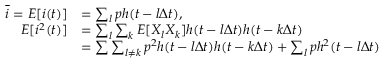
\begin{array} { r l } { \overline { { i } } = E [ i ( t ) ] } & { = \sum _ { l } p h ( t - l \Delta t ) , } \\ { E [ i ^ { 2 } ( t ) ] } & { = \sum _ { l } \sum _ { k } E [ X _ { l } X _ { k } ] h ( t - l \Delta t ) h ( t - k \Delta t ) } \\ & { = \sum \sum _ { l \neq k } p ^ { 2 } h ( t - l \Delta t ) h ( t - k \Delta t ) + \sum _ { l } p h ^ { 2 } ( t - l \Delta t ) } \end{array}